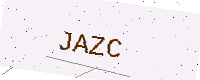
Text: JAZC